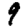
Digit: 9